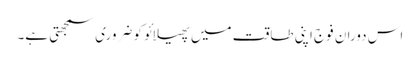
اس دوران فوج اپنی طاقت میں پھیلائو کو ضروری سمجھتی ہے۔